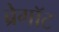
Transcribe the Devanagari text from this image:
ब्रेगॉट